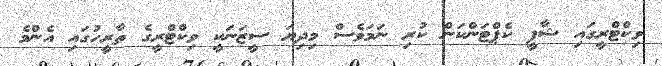
ވިކްޓްރީގައި ޝާފީ ކެޕްޓަންކަން ކުރި ނަމަވެސް މިދިޔަ ސީޒަނަކީ ވިކްޓްރީގެ ތާރީހުގައި އެންމެ